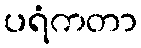
ပရံကတာ